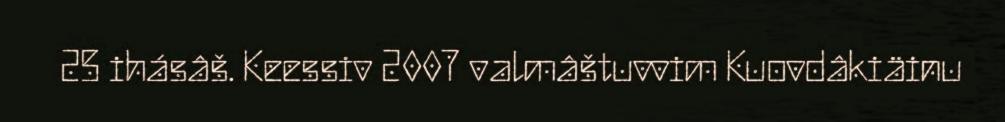
25 ihásâš. Keessiv 2007 valmâštuvvim Kuovdâkiäinu